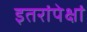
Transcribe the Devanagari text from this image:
इतरांपेक्षां